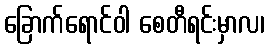
ခြောက်ရောင်ဝါ စေတီရင်းမှာလ၊